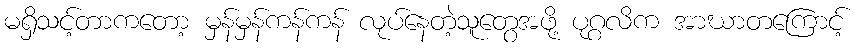
မရှိသင့်တာကတော့ မှန်မှန်ကန်ကန် လုပ်နေတဲ့သူတွေအဖို့ ပုဂ္ဂလိက အာဃာတကြောင့်